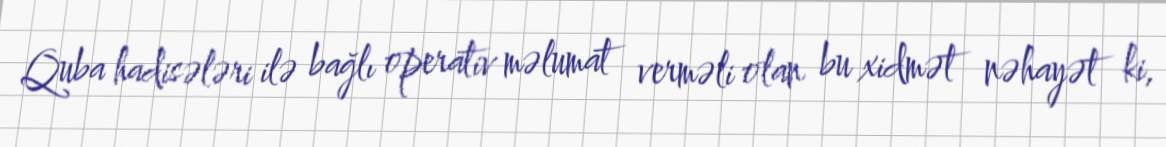
Quba hadisələri ilə bağlı operativ məlumat verməli olan bu xidmət nəhayət ki,